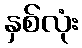
နှစ်လုံး